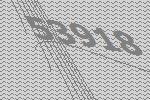
53918